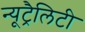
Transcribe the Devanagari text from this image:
न्यूट्रैलिटी